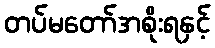
တပ်မတော်အစိုးရနှင့်